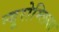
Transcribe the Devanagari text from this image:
न्यूरोम्लिया